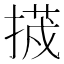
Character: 𭡷